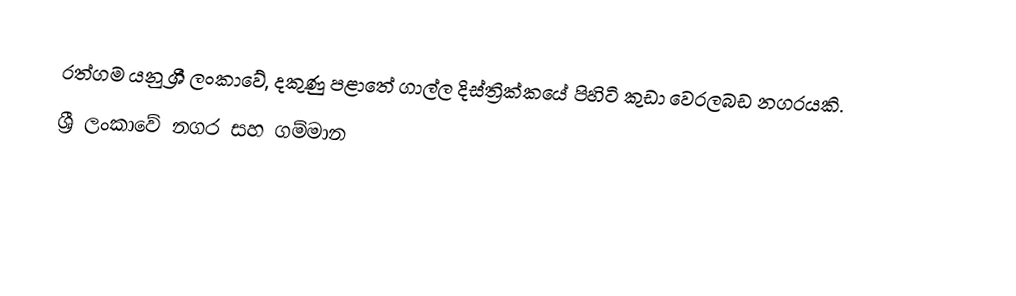
රත්ගම යනු ශ්‍රී ලංකාවේ, දකුණු පළාතේ ගාල්ල දිස්ත්‍රික්කයේ පිහිටි කුඩා වෙරලබඩ නගරයකි.
ශ්‍රී ලංකාවේ නගර සහ ගම්මාන